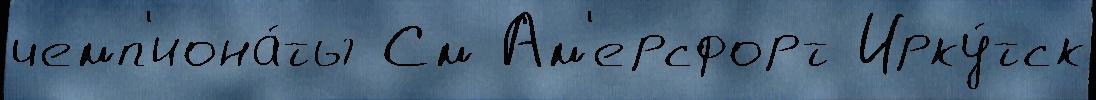
чемп'иона́ты См Ам'ерсфорт Ирку́тск